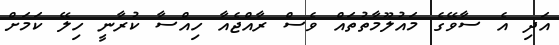
އަދި އެ ސާވޭގެ މައުލޫމާތުތައް ވެސް ރާއްޖެއާ ހިއްސާ ކުރާނީ ހިލޭ ކަމަށް